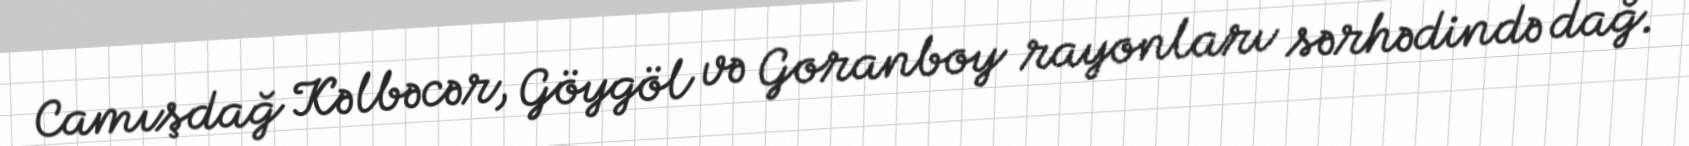
Camışdağ Kəlbəcər, Göygöl və Goranboy rayonları sərhədində dağ.